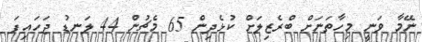
ނޭމާ ވަނީ މިހާތަނަށް ބްރެޒިލަށް ކުޅެދިން 65 މެޗުން 44 ލަނޑު ޖަހައިފަ